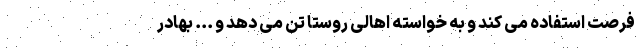
فرصت استفاده می کند و به خواسته اهالی روستا تن می دهد و ... بهادر